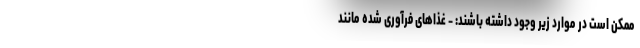
ممکن است در موارد زیر وجود داشته باشند: - غذاهای فرآوری شده مانند